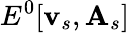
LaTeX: E^{0}[\mathbf{v}_{s},\mathbf{{A}}_{s}]